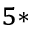
^ { 5 \ast }